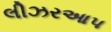
લીઝરઆપ